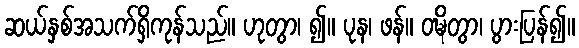
ဆယ်နှစ်အသက်ရှိကုန်သည်။ ဟုတွာ၊ ၍။ ပုန၊ ဖန်။ ဝဍ္ဎိတွာ၊ ပွားပြန်၍။